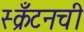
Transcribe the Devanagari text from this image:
स्क्रँटनची